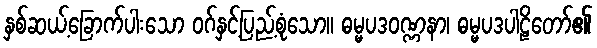
နှစ်ဆယ့်ခြောက်ပါးသော ဝဂ်နှင့်ပြည့်စုံသော။ ဓမ္မပဒဝဏ္ဏနာ၊ ဓမ္မပဒပါဠိတော်၏